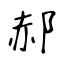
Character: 郝